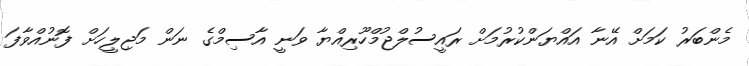
މެންބަރު ކަމަށް އޭނާ އައްޔަންކުރުމަށް ރައީސުލްޖުމްހޫރިއްޔާ ވަނީ އާސިމްގެ ނަން މަޖިލީހަށް ފޮނުއްވާފަ